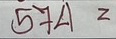
574 =